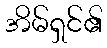
အိမ်ရှင်၏